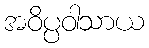
အဝိပ္ပဝါသာယ